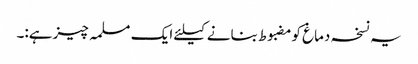
یہ نسخہ دماغ کومضبوط بنانے کیلئے ایک مسلمہ چیزہے:۔